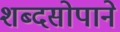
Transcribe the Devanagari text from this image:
शब्दसोपाने